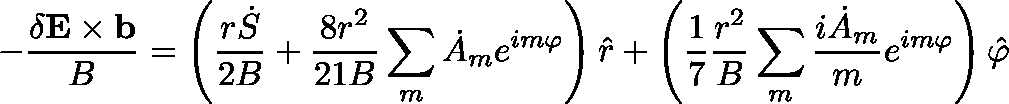
- \frac { \mathbf { \delta E } \times \mathbf { b } } { B } = \left( \frac { r \dot { S } } { 2 B } + \frac { 8 r ^ { 2 } } { 2 1 B } \sum _ { m } \dot { A } _ { m } e ^ { i m \varphi } \right) \hat { r } + \left( \frac { 1 } { 7 } \frac { r ^ { 2 } } { B } \sum _ { m } \frac { i \dot { A } _ { m } } { m } e ^ { i m \varphi } \right) \hat { \varphi }